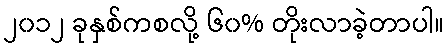
၂၀၁၂ ခုနှစ်ကစလို့ ၆၀% တိုးလာခဲ့တာပါ။